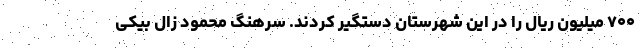
۷۰۰ میلیون ریال را در این شهرستان دستگیر کردند. سرهنگ محمود زال بیکی